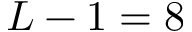
L - 1 = 8